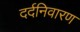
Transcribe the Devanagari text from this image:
दर्दनिवारण